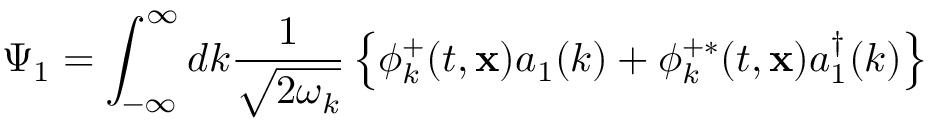
\Psi _ { 1 } = \int _ { - \infty } ^ { \infty } d k \frac { 1 } { \sqrt { 2 \omega _ { k } } } \left\{ \phi _ { k } ^ { + } ( t , { \bf x } ) a _ { 1 } ( k ) + \phi _ { k } ^ { + \ast } ( t , { \bf x } ) a _ { 1 } ^ { \dagger } ( k ) \right\}